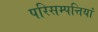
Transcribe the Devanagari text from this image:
परिसम्पत्तियां